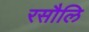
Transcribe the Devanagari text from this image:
रसौलि